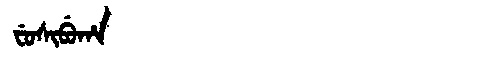
Manchu: ᠸᡠᠰᡳᠪᡠᡥᠠ
Romanization: FUSIBUHA